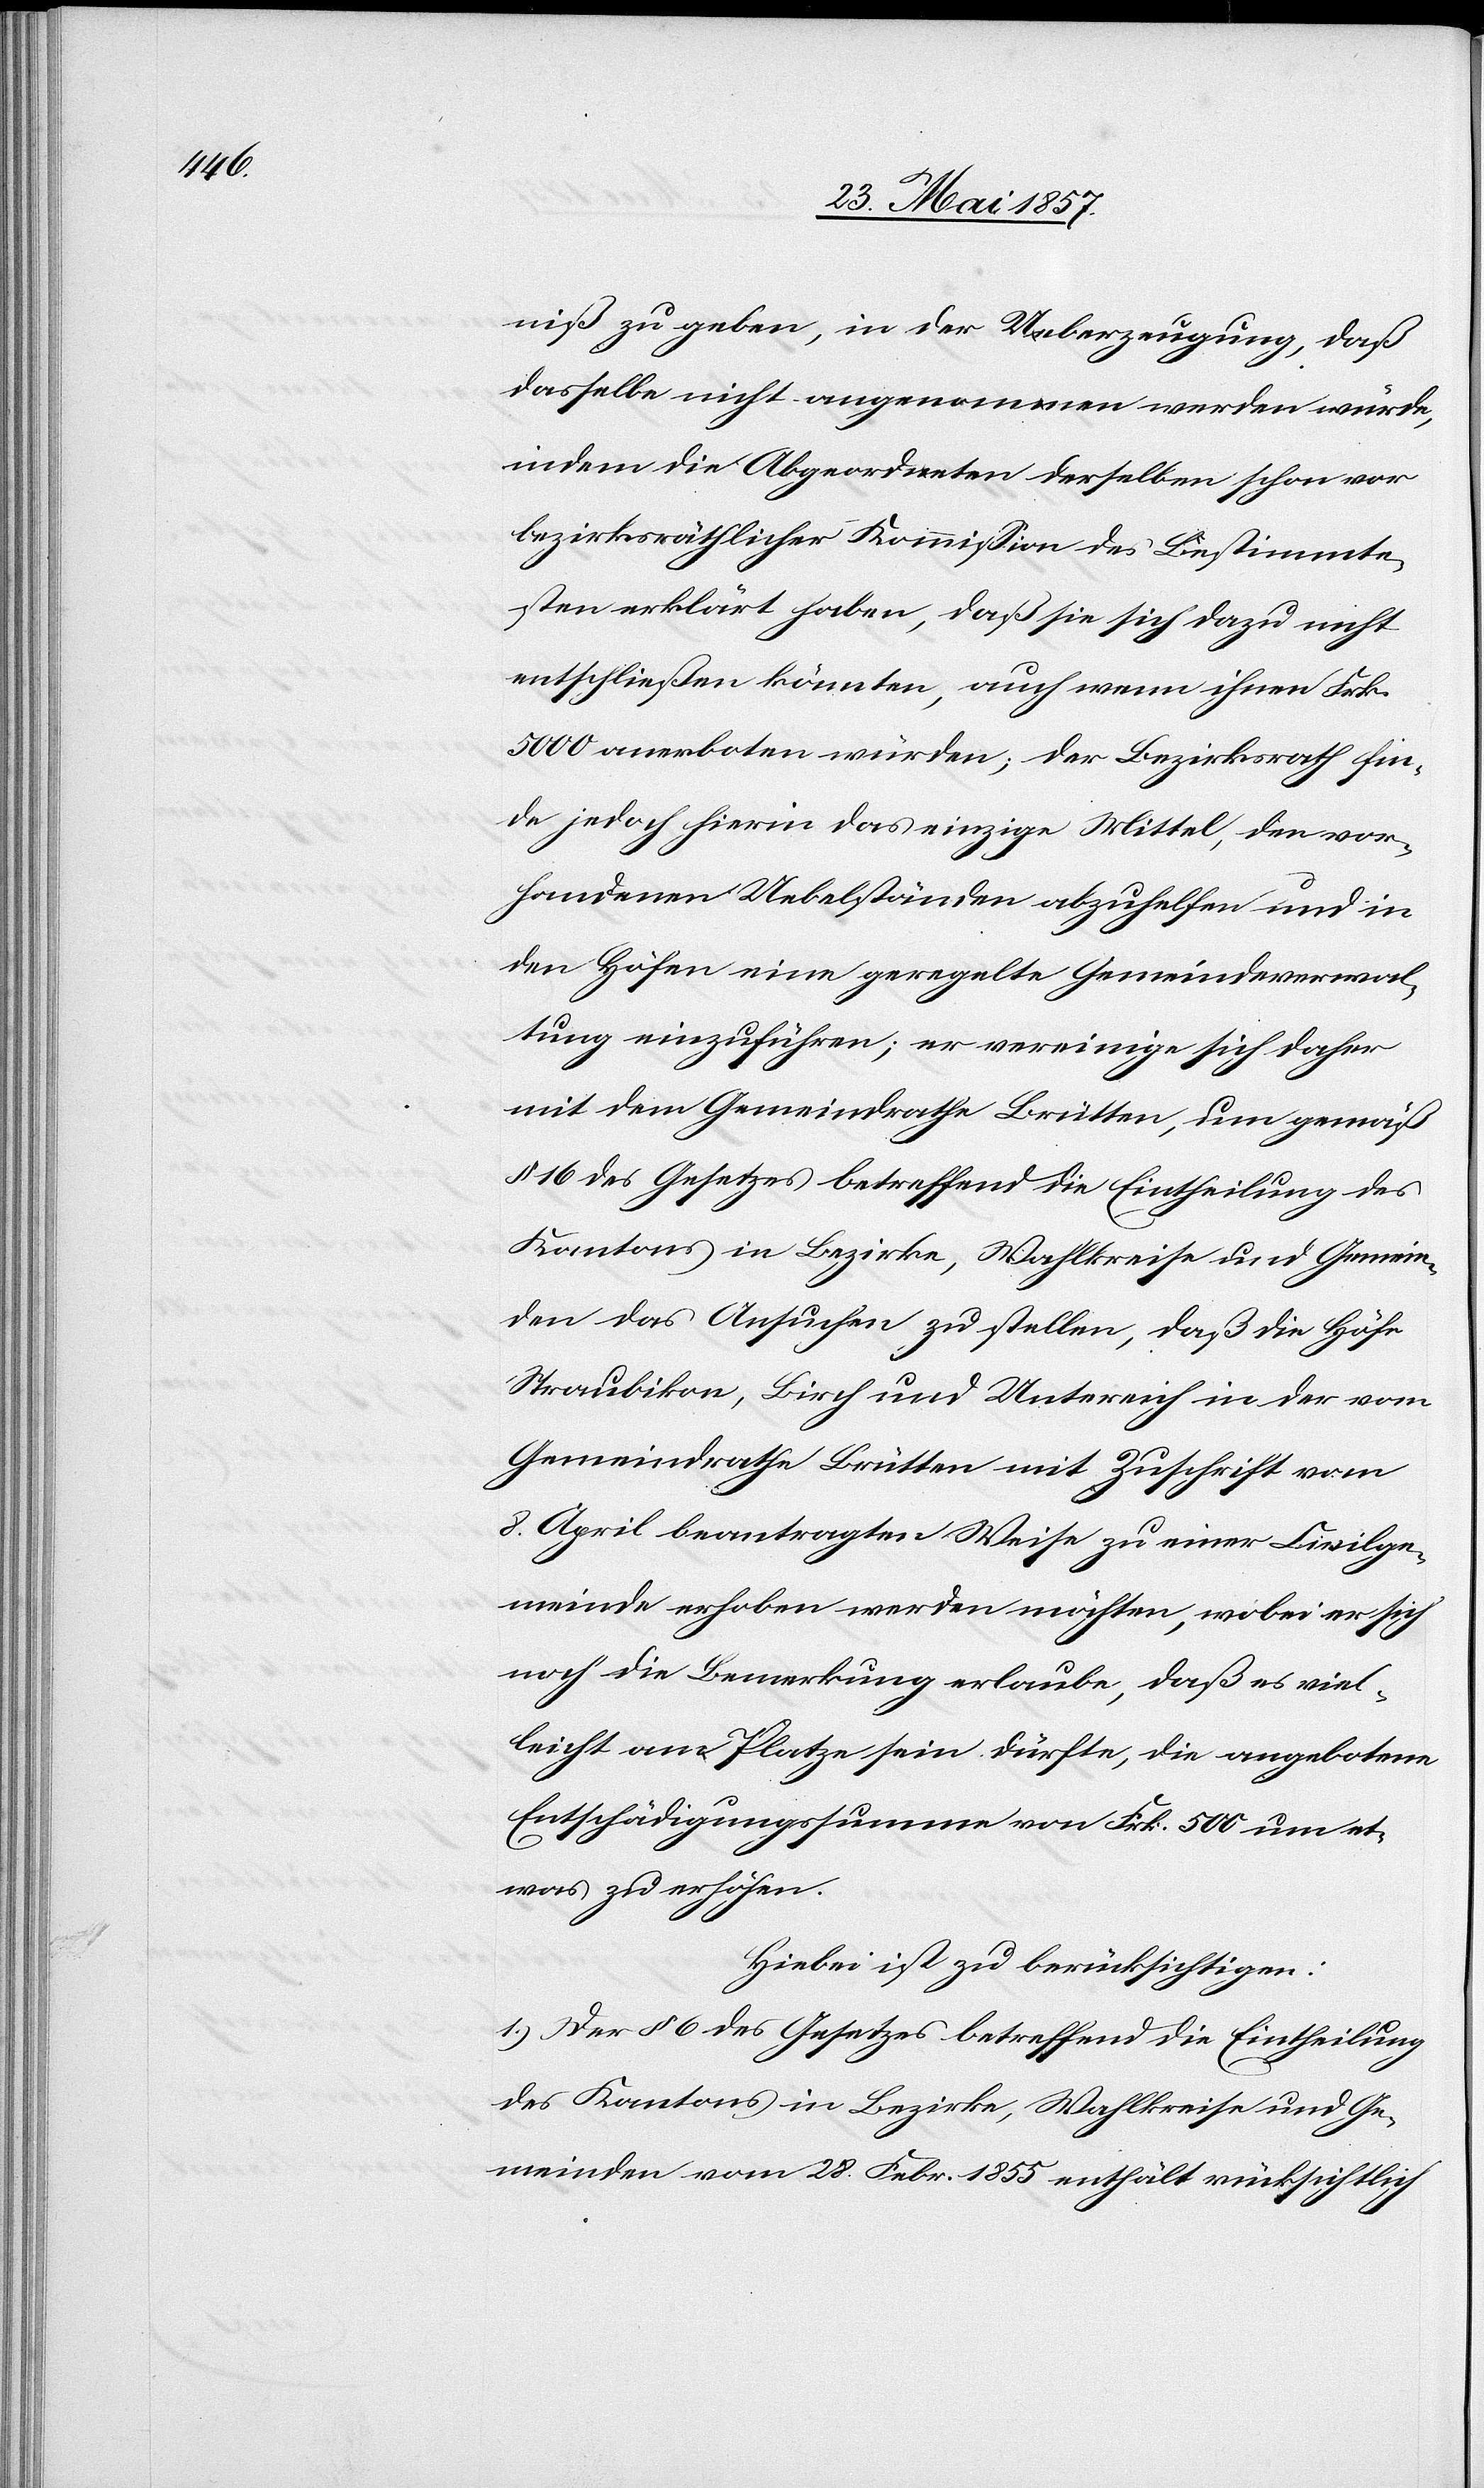
niß zu geben, in der Ueberzeugung, daß
dasselbe nicht angenommen werden würde,
indem die Abgeordneten derselben schon vor
bezirksräthlicher Kommission des Bestimmte¬
sten erklärt haben, daß sie sich dazu nicht
entschließen könnten, auch wenn ihnen Frk.
5000 anerboten würden; der Bezirksrathe fin¬
de jedoch hierin das einzige Mittel, den vor¬
handenen Uebelständen abzuhelfen und in
den Höfen eine geregelte Gemeindeverwal¬
tung einzuführen; er vereinige sich daher
mit dem Gemeindrathe Brütten, um gemäß
§ 16 des Gesetzes betreffend die Eintheilung des
Kantons in Bezirke, Wahlkreise und Gemein¬
den das Ansuchen zu stellen, daß die Höfe
Straubikon, Birch und Untereich in der vom
Gemeindrathe Brütten mit Zuschrift vom
8 April beantragten Weise zu einer Civilge¬
meinde erhoben werden möchten, wobei er sich
noch die Bemerkung erlaube, daß es viel¬
leicht am Platze sein dürfte, die angebotene
Entschädigungssumme von Frk. 500 um et¬
was zu erhöhen.
Hiebei ist zu berücksichtigen:
1.) Der § 6 des Gesetzes betreffend die Eintheilung
des Kantons in Bezirke, Wahlkreise und Ge¬
meinden vom 28 Febr. 1855 enthält rücksichtlich